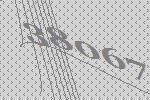
38067